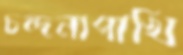
চন্দনাপাখি